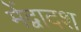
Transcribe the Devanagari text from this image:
मेंद्वादश